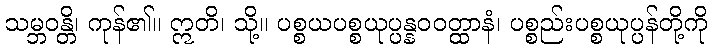
သမ္ဘဝန္တိ၊ ကုန်၏။ ဣတိ၊ သို့။ ပစ္စယပစ္စယုပ္ပန္နဝဝတ္ထာနံ၊ ပစ္စည်းပစ္စယုပ္ပန်တို့ကို